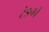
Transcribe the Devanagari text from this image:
टंडनचे